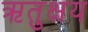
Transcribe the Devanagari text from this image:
ऋतुक्षय